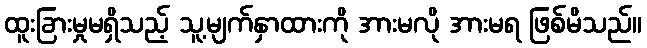
ထူးခြားမှုမရှိသည့် သူ့မျက်နှာထားကို အားမလို အားမရ ဖြစ်မိသည်။